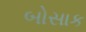
બોસાક